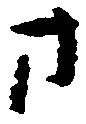
方